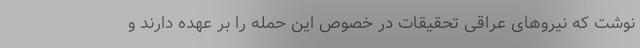
نوشت که نیروهای عراقی تحقیقات در خصوص این حمله را بر عهده دارند و